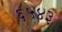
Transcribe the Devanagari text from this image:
६५४३